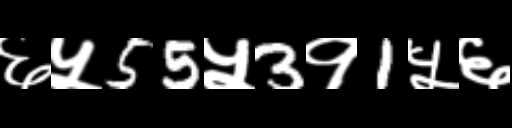
Text: ६५55५3१1५६